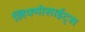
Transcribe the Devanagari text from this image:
लिफ्मोसाईट्स